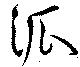
泒